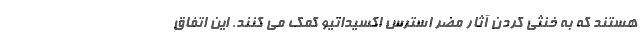
هستند که به خنثی کردن آثار مضر استرس اکسیداتیو کمک می کنند. این اتفاق